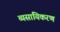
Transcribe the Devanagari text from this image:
व्यसायिकरण